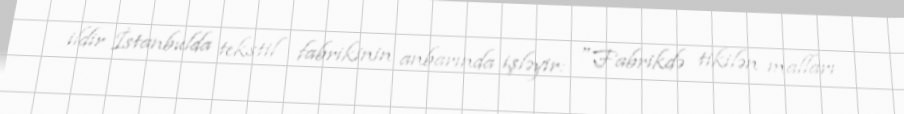
ildir İstanbulda tekstil fabrikinin anbarında işləyir: "Fabrikdə tikilən malları